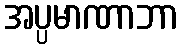
အပ္ပမာဏာဘာ